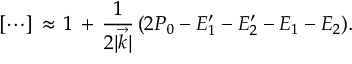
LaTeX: [ \cdots ] \, \approx \, 1 \, + \, { \frac { 1 } { 2 \vert \vec { k } \vert } } \, ( 2 P _ { 0 } - E _ { 1 } ^ { \prime } - E _ { 2 } ^ { \prime } - E _ { 1 } - E _ { 2 } ) .